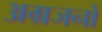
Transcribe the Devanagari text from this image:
अग्रजनों